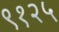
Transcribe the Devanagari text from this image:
९१२५